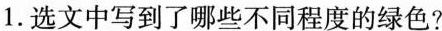
1.选文中写到了哪些不同程度的绿色?